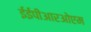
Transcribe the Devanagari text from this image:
ईईपीआरओएम